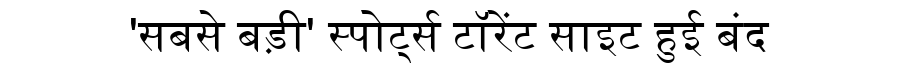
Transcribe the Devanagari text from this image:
'सबसे बड़ी' स्पोर्ट्स टॉरेंट साइट हुई बंद